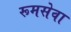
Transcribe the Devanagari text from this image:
रूमसेवा